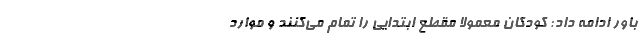
باور ادامه داد: کودکان معمولا مقطع ابتدایی را تمام می‌کنند و موارد